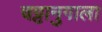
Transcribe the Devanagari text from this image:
चट्टानुगाला